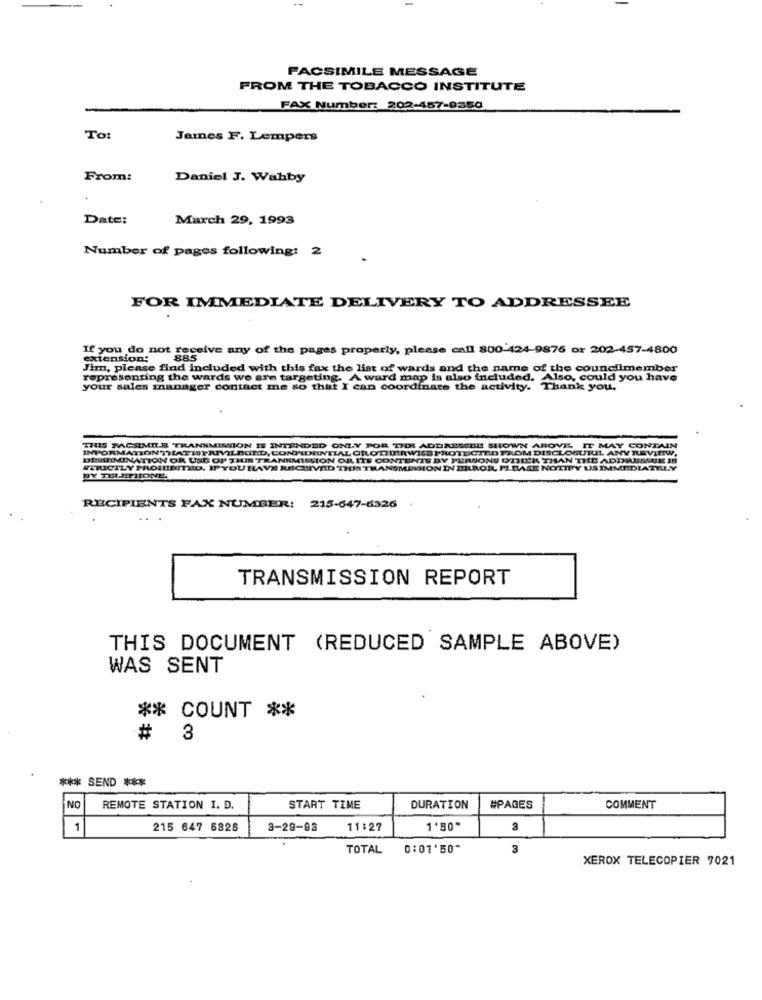
FACSIMILE MESSAGE
FROM THE TOBACCO INSTITUTE
FAX Number: 202-457-9350
To:
James F. Lempers
From:
Daniel J. Wahby
Date:
March 29, 1993
Number of pages following: 2
FOR IMMEDIATE DELIVERY TO ADDRESSEE
If you do not receive any of the pages properly, please call 800 424-9876 or 202-457-4800
extension:
885
Jim, please find included with this fax the list of wards and the name of the councilmember
representing the wards we are targeting. A ward map is also included. Also, could you have
your sales manager contact me so that I can coordinate the activity.
Thank you.
THIS MACSIMILE TRANSMISSION IS INTENDED ONLY POR TIES ADDRESSBE SHOWN ABOVE IT MAY CONTAIN
INFORMATIONTHATISPRIVILBORD, CONFIDENTIAL OROTHERWISE PROTECTEDFROM DISCLOSURE. ANY REVIEW,
DIMIRMINATION OR USE OF THIS TRANKMILLION OR ITS CONTENTS BY PERSONS OTHER THAN THE ADDIISSUE IS
STRICTLY PROHIBITED. IFYOU HAVE RICHVAD THIS TRANSMISSION IN ERROR, PLEASE NOTIFY US IMMEDIATELY
BY THEPHONE,
RECIPIENTS FAX NUMBER: 215-647-6326
TRANSMISSION REPORT
THIS DOCUMENT (REDUCED SAMPLE ABOVE)
WAS SENT
** COUNT **
# 3
*** SEND ***
NO
REMOTE STATION I. D.
START TIME
DURATION
#PAGES
COMMENT
1
215 647 6828
3-29-93
11:27
1'50"
3
TOTAL
0:01'50"
3
XEROX TELECOPIER 7021